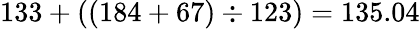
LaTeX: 133+((184+67)\div 123)=135.04